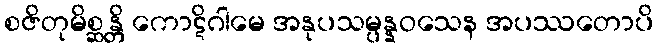
စဇိတုမိစ္ဆန္တိ ကောဋိဂါမေ အနုပသမ္ပန္နဝသေန အပဿတောပိ